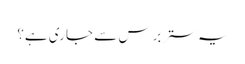
یہ ستر برس سے جا ری ہے؟